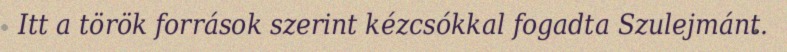
Itt a török források szerint kézcsókkal fogadta Szulejmánt.